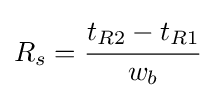
R_{s}={\cfrac {t_{R2}-t_{R1}}{w_{b}}}